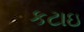
કટાઇ